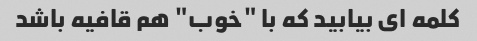
کلمه ای بیابید که با "خوب" هم قافیه باشد